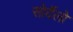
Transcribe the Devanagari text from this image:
सोर्देलो